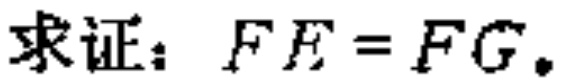
求证：$FE = FG.$